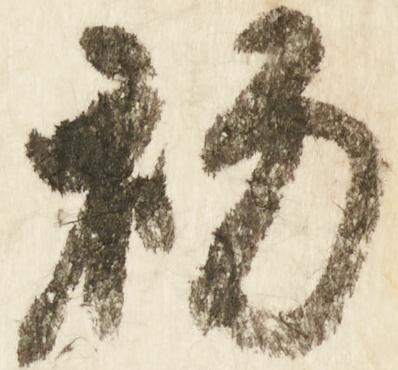
初